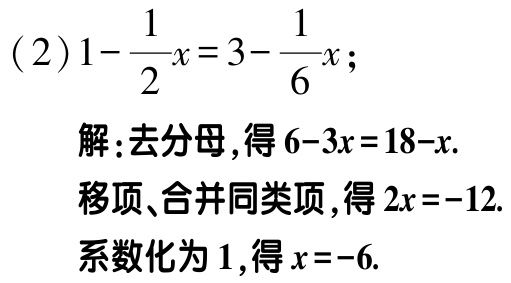
\((2)1 - \frac{1}{2}x = 3 - \frac{1}{6}x;\)

解:去分母,得\(6 - 3x = 18 - x.\)

移项、合并同类项,得\(2x = -12.\)

系数化为\(1\),得\(x = -6.\)